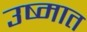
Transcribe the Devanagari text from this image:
उष्मात